Document type: Sale
Year: 1435
Scribe: Pere Soler
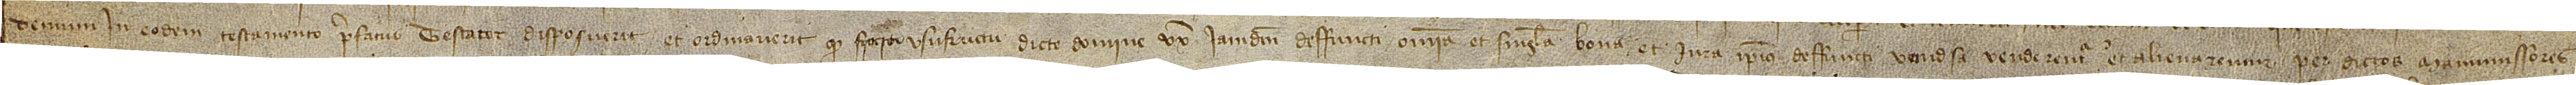
demum in eodem testamento prefatus testator disposuerit et ordinaverit quod facto usufructu dicte domine, uxori iamdicti deffuncti, omnia et singula bona et iura ipsius deffuncti universa venderentur et alienarentur per dictis manumissores